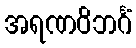
အရဏဝိဘင်္ဂံ